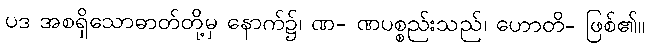
ပဒ အစရှိသောဓာတ်တို့မှ နောက်၌၊ ဏ- ဏပစ္စည်းသည်၊ ဟောတိ- ဖြစ်၏။